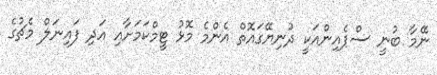
ނޭމާ ބުނީ ސްޕެއިންއަކީ ދުނިޔޭގައޮތް އެންމެ މޮޅު ޓީމްކަމަށާއި އަދި ފައިނަލް މެޗުގެ